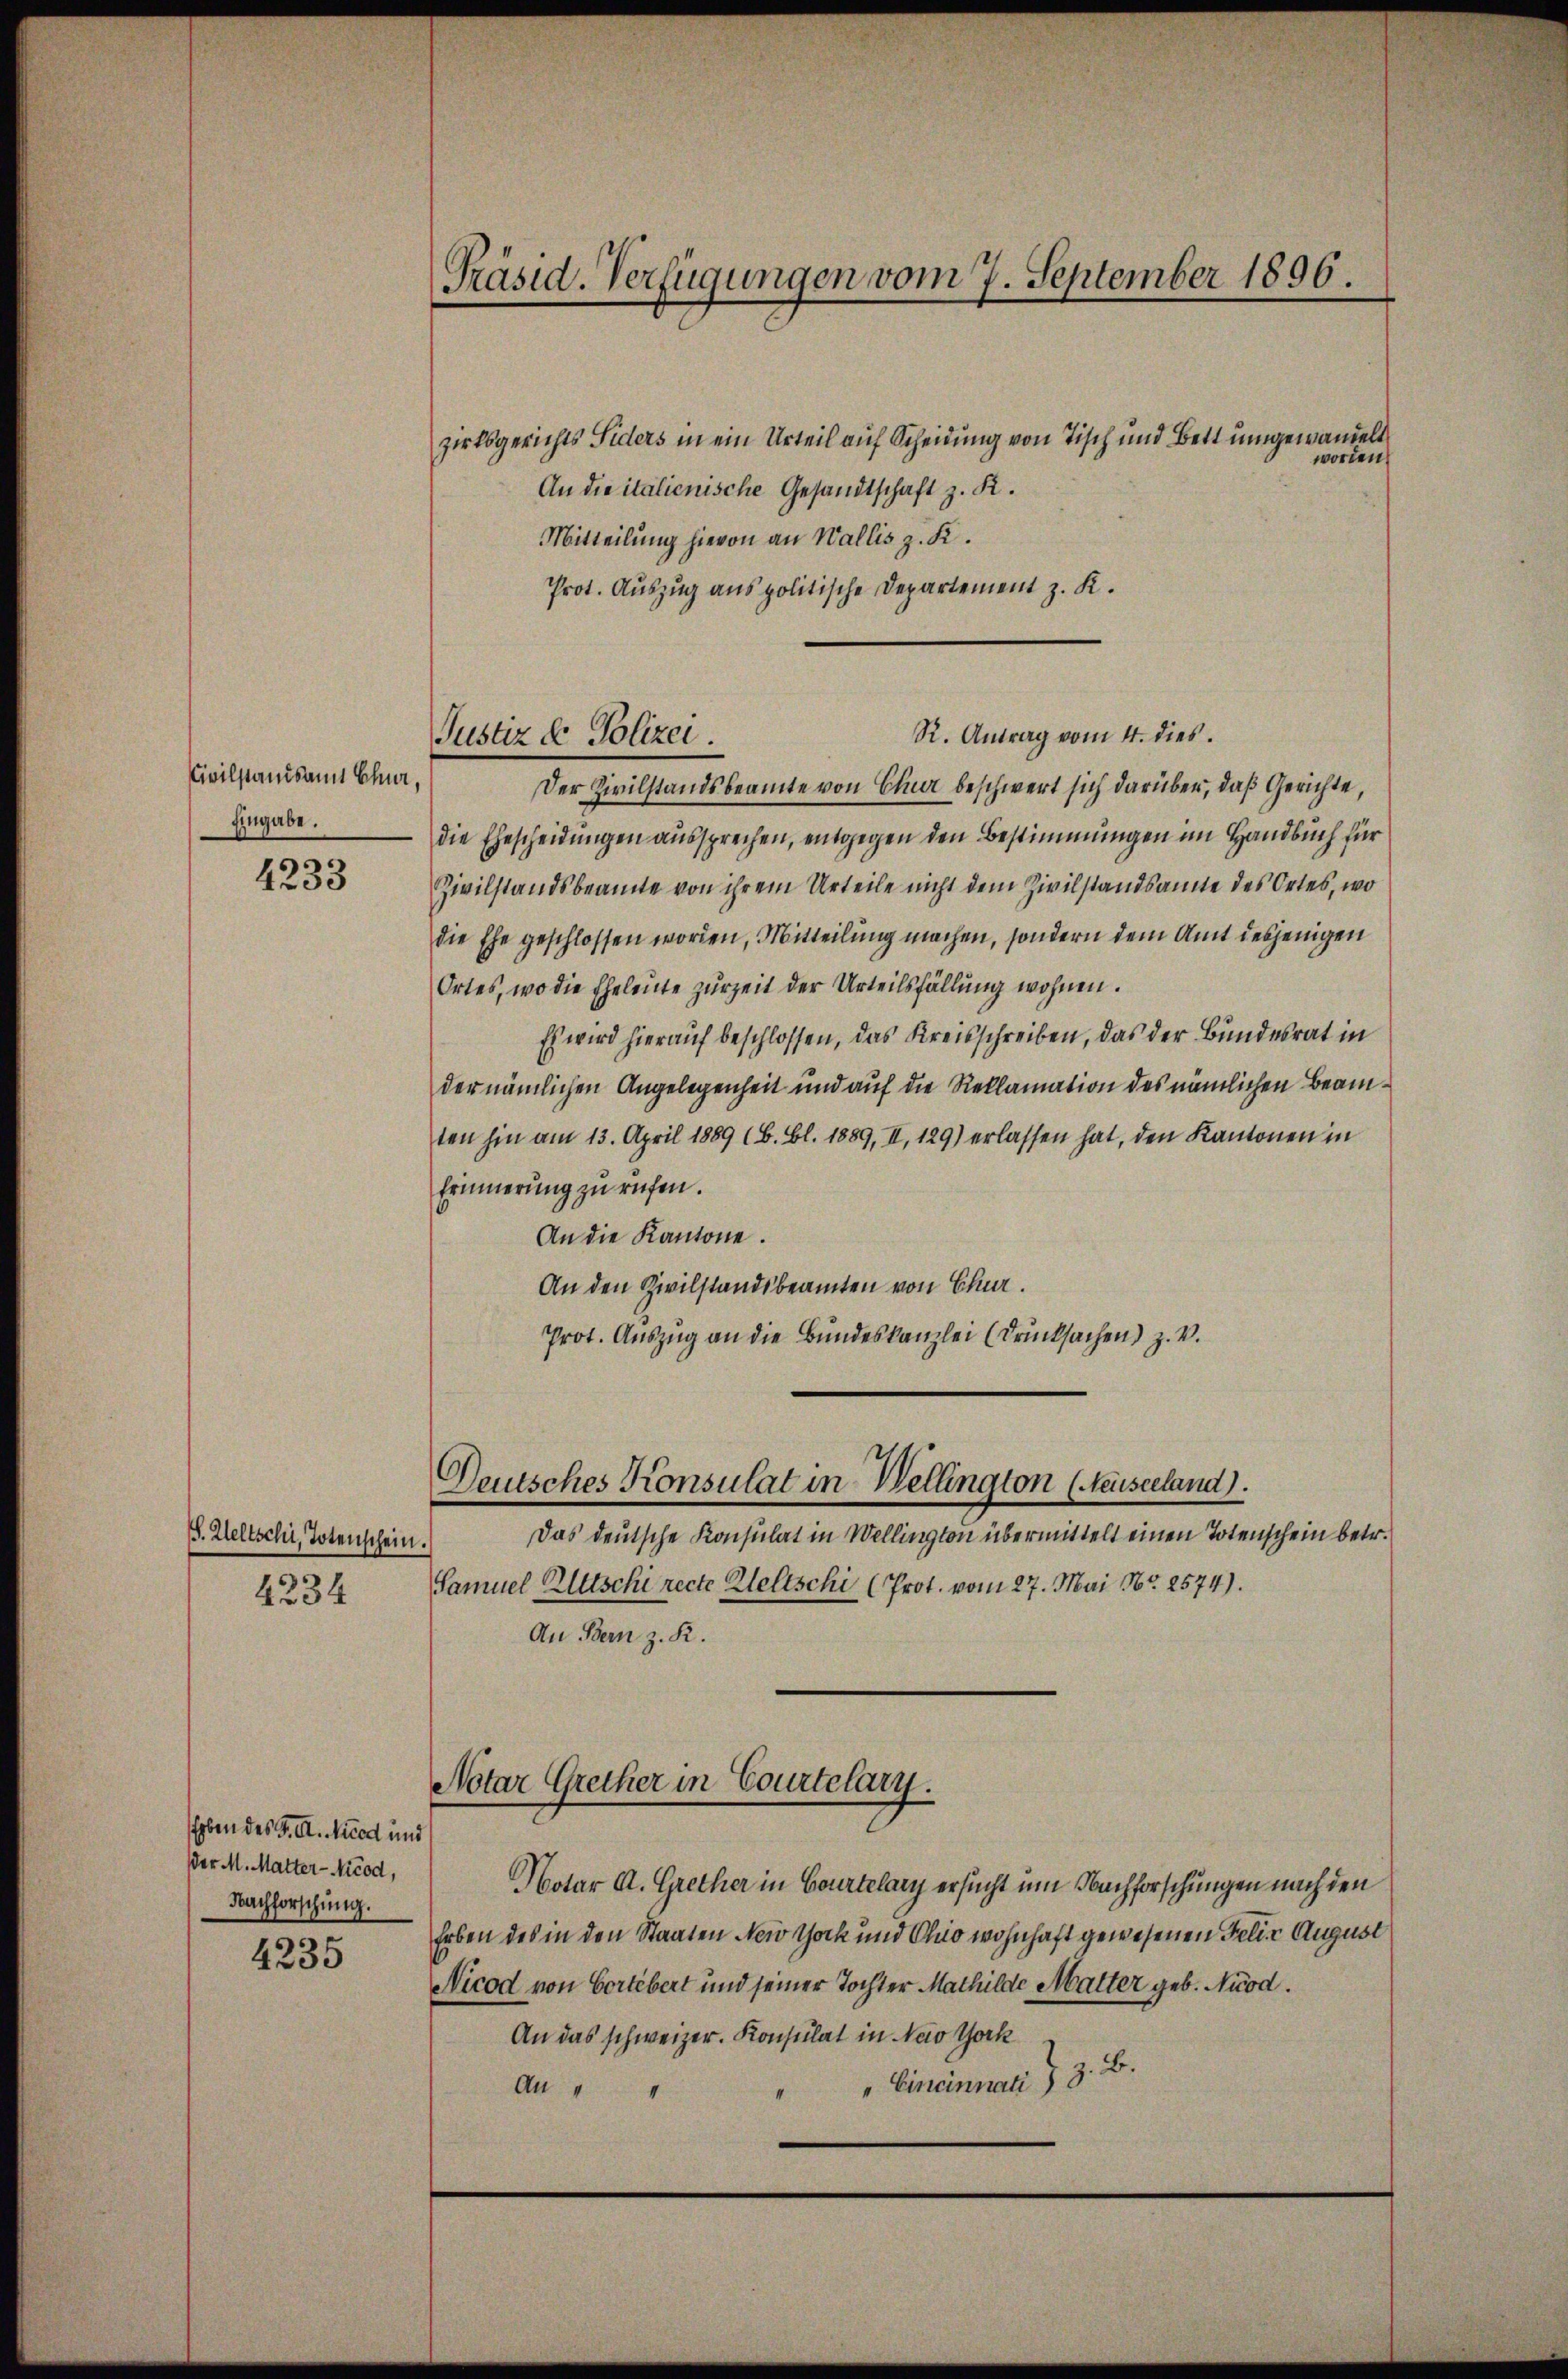
Civilstandsamt Chur,
Eingabe.

4233

J. Weltschi, Totenschein.

4334

Erben des G. A. Nied und
der M. Matter-Nicod,
Nachforschung.

4235

Präsid. Verfügungen vom 7. September 1896.

zirksgerichts Siders in ein Urteil auf Scheidung von Tisch und Bett umgewandelt
An die italienische Gesandtschaft z. K.
Mitteilung hievon an Wallis z. K.
Prot. Auszug aus politische Departement z. K.
R. Antrag vom 4. dies
Der Zivilstandsbeamte von Chur beschwert sich darüber, daß Gerichte,
die Ehescheidungen aussprechen, entgegen den Bestimmungen im Handbuch für
Zivilstandsbeamte von ihrem Urteile nicht dem Zivilstandsamte des Ortes, wo
die Ehe geschlossen worden, Mitteilung machen, sondern dem Amt desjenigen
Ortes, wo die Eheleute zurzeit der Urteilsfällung wohnen.
Es wird hierauf beschlossen, das Kreisschreiben, das der Bundesrat in
der nämlichen Angelegenheit und auf die Reklamation des nämlichen Beamten hin am 13. April 1889 (B. Bl. 1889, II, 129) erlassen hat, den Kantonen in
Erinnerung zu rufen.
An die Kantone.
An den Zivilstandsbeamten von Chur.
Prot. Auszug an die Bundeskanzlei (Drucksachen) z. v.
Deutsches Konsulat in Wellington (Neuseeland).
Das deutsche Konsulat in Wellington übermittelt einen Totenschein betr.
Samuel Elttschi recte Weltschi (Prot. vom 27. Mai Nr. 2574).
An Bern z. R.
Notar Grether in Courtelary.
Notar A. Grether in Courtelary ersucht um Nachforschungen nach den
Erben des in den Staaten Neid thock und Chio wohnhaft gewesenen Felde August
Nicod von Cortebert und seiner Tochter Mathilde Matter geb. Nuod.
An das schweizer. Konsulat in New York
" Eineinnatz z. B.
An " "

Justiz & Polizei

worden.